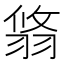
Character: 𦐻